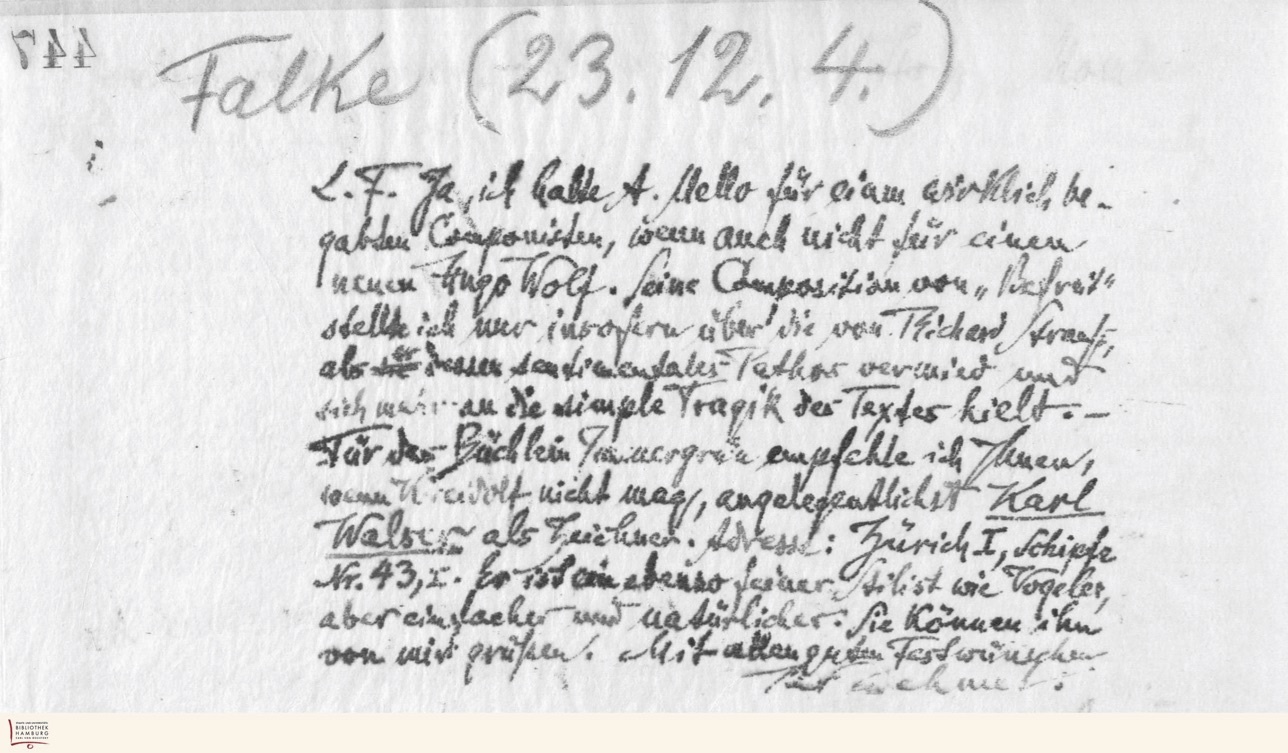
744

12.
23.
4.)
Falke (
Mello für einen wirklich be-
L. F. Ja, ich halte A.
gabten Componisten, wenn auch nicht für einen
neuen Hugo Wolf. Seine Composition von „Befreit‟
stellte ich nur insofern über die von Richard Strauß,
als er dessen sentimentales Pathos vermied und
sich mehr an die simple Tragik des Textes hielt.
Für das Büchlein Immergrün empfehle ich Ihnen,
wenn Kreidolf nicht mag, angelegentlichst Karl
Walser als Zeichner. Adresse: Zürich I, Schipfe
Nr. 43, I. Er ist ein ebenso feiner Stilist wie Vogeler,
aber einfacher und natürlicher. Sie können ihn
von mir grüßen. Mit allen guten Festwünschen.
Ihr Dehmel.